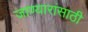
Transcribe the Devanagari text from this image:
जाण्यारांसाठी